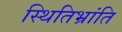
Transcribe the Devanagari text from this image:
स्थितिभ्रांति